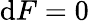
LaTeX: \mathrm{d}F=0